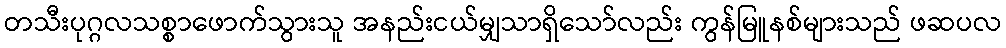
တသီးပုဂ္ဂလသစ္စာဖောက်သွားသူ အနည်းငယ်မျှသာရှိသော်လည်း ကွန်မြူနစ်များသည် ဖဆပလ